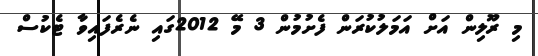
މި ރޫލިން އަށް އަމަލުކުރަން ފެށުމުން 3 މޭ 2012ގައި ނެރެފައިވާ ޓެކުސް